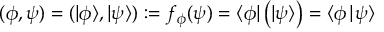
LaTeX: ( \phi , \psi ) = ( | \phi \rangle , | \psi \rangle ) : = f _ { \phi } ( \psi ) = \langle \phi | \, { \bigl ( } | \psi \rangle { \bigr ) } = \langle \phi { \mid } \psi \rangle